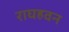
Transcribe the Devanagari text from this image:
राघहवन